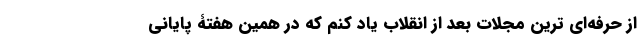
از حرفه‌ای ترین مجلات بعد از انقلاب یاد کنم که در همین هفتۀ پایانی